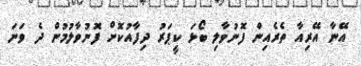
އޭނާ އޭރިއާ ތެރެއިން ފޮނުވާލި ބޯޅަ ކީޕަރު ދިފާއުކޮށް ފޮނުވާލުމުން ދެ ވަނަ